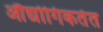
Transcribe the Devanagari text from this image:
औद्योगिकतेत